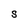
Character: S